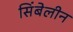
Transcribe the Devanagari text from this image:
सिंबेलीन